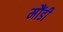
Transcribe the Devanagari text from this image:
मौंडी